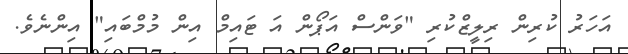
އަހަރު ކުރިން ރިލީޒްކުރި "ވަންސް އަޕޯން އަ ޓައިމް އިން މުމްބައި" އިންނެވެ.